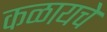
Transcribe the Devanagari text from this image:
कळायचे